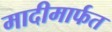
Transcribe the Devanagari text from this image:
मादीमार्फत